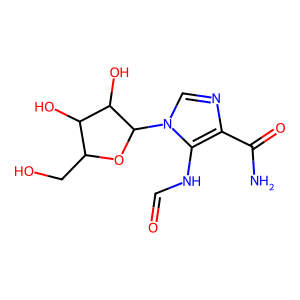
SMILES: NC(=O)c1ncn(C2OC(CO)C(O)C2O)c1NC=O
Inhibits HIV replication: No